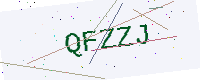
Text: QFZZJ